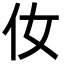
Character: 㚢